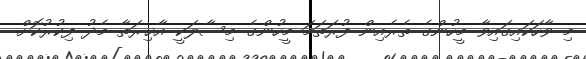
މި ވާހަކައިގައިވާ މީހުންގެ ތެރެއިން ފުރަތަމަ މީހުންގެ މިސާލަކީ އާޚިރަތާ މެދު ފިކުރުކޮށް